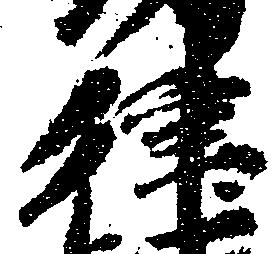
律